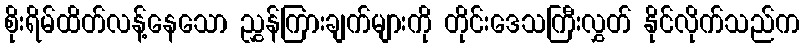
စိုးရိမ်ထိတ်လန့်နေသော ညွှန်ကြားချက်များကို တိုင်းဒေသကြီးလွှတ် နိုင်လိုက်သည်က